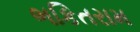
ભકિતરામ